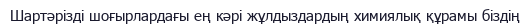
Шартәрізді шоғырлардағы ең кәрі жұлдыздардың химиялық құрамы біздің